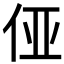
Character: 𱎫